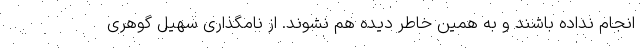
انجام نداده باشند و به همین خاطر دیده هم نشوند. از نامگذاری سهیل گوهری